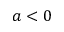
a < 0